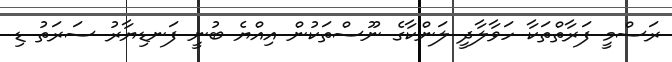
ރަސްމީ ފަރާތްތަކާ ހަވާލާދީ ލަންކާގެ ނޫސްތަކުން އިއްޔެ ބުނީ ފަނޑިޔާރު ސަރަތު ޑި